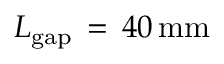
L _ { \mathrm { { g a p } } } \, = \, 4 0 \, \mathrm { { m m } }